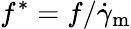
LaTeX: f^{\ast}=f/\dot{\gamma}_{\mathrm{m}}